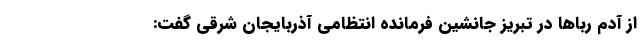
از آدم ربا‌ها در تبریز جانشین فرمانده انتظامی آذربایجان شرقی گفت: